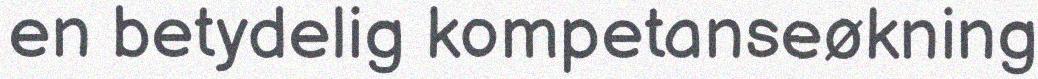
en betydelig kompetanseøkning